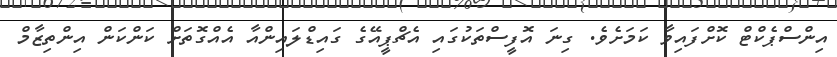
އިންސްޕެކްޓް ކޮށްފައިވާ ކަމަށެވެ. ގިނަ އޮފީސްތަކުގައި އެޗްޕީއޭގެ ގައިޑްލައިންއާ އެއްގޮތަށް ކަންކަން އިންތިޒާމް